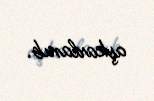
aşkarlanıb.